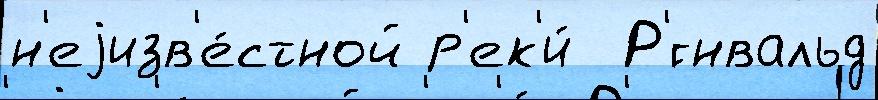
н'еjизв'е́стной р'ек'и́  Р'́гнвальд